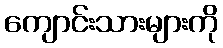
ကျောင်းသားများကို